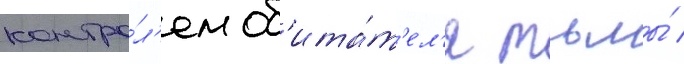
контро́л'ем об'ита́т'ел'я тьмы́ /